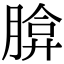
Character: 𦝡